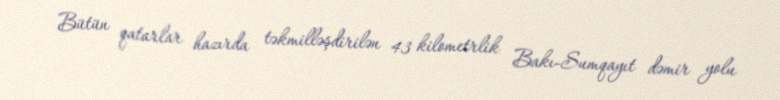
Bütün qatarlar hazırda təkmilləşdirilən 43 kilometrlik Bakı-Sumqayıt dəmir yolu